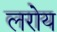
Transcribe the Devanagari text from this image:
लरोय